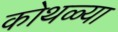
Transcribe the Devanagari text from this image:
कोथळ्या